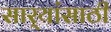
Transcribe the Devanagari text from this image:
सार्‍यांसाठी